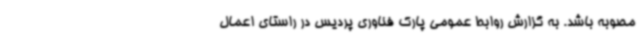
مصوبه باشد. به گزارش روابط عمومی پارک فناوری پردیس در راستای اعمال